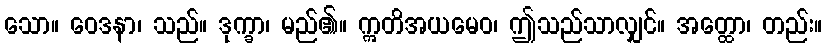
သော။ ဝေဒနာ၊ သည်။ ဒုက္ခာ၊ မည်၏။ ဣတိအယမေဝ၊ ဤသည်သာလျှင်။ အတ္ထော၊ တည်း။